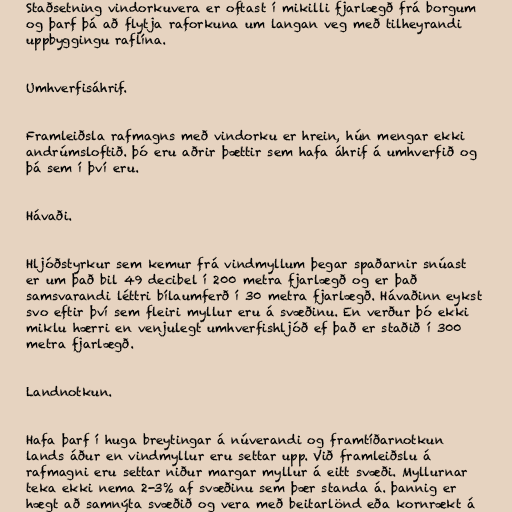
Staðsetning vindorkuvera er oftast í mikilli fjarlægð frá borgum
og þarf þá að flytja raforkuna um langan veg með tilheyrandi
uppbyggingu raflína.

Umhverfisáhrif.

Framleiðsla rafmagns með vindorku er hrein, hún mengar ekki
andrúmsloftið. þó eru aðrir þættir sem hafa áhrif á umhverfið og
þá sem í því eru.

Hávaði.

Hljóðstyrkur sem kemur frá vindmyllum þegar spaðarnir snúast
er um það bil 49 decibel í 200 metra fjarlægð og er það
samsvarandi léttri bílaumferð í 30 metra fjarlægð. Hávaðinn eykst
svo eftir því sem fleiri myllur eru á svæðinu. En verður þó ekki
miklu hærri en venjulegt umhverfishljóð ef það er staðið í 300
metra fjarlægð.

Landnotkun.

Hafa þarf í huga breytingar á núverandi og framtíðarnotkun
lands áður en vindmyllur eru settar upp. Við framleiðslu á
rafmagni eru settar niður margar myllur á eitt svæði. Myllurnar
teka ekki nema 2-3% af svæðinu sem þær standa á. þannig er
hægt að samnýta svæðið og vera með beitarlönd eða kornrækt á